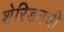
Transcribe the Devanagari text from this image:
शेरिडनची